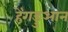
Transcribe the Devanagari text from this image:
हेंगडुआन